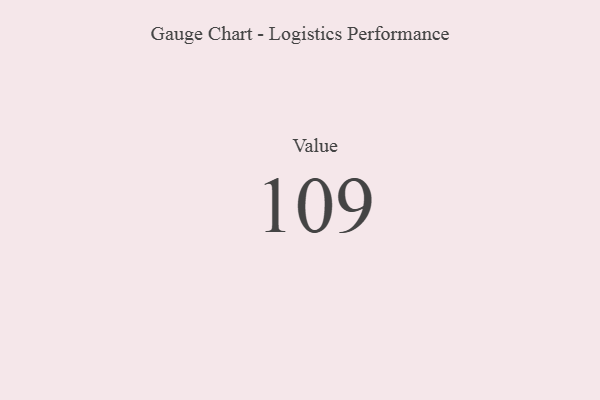
{"axis": {"x": "Metric", "y": "Value"}, "legend": [""], "data": [{"x": "Value", "y": 109, "type": ""}]}